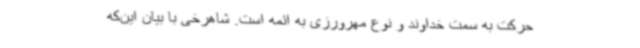
حرکت به سمت خداوند و نوع مهرورزی به ائمه است. شاهرخی با بیان این‌که